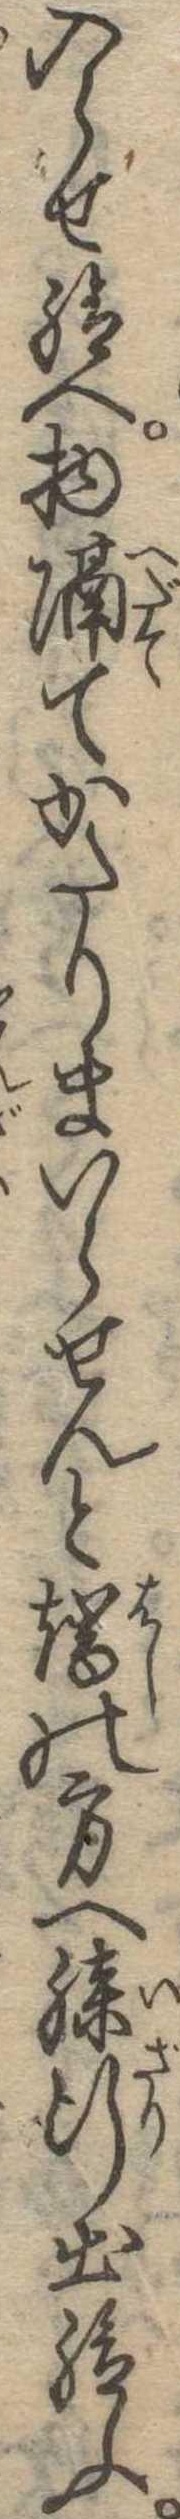
入らせ給へ物隔てかたりまいらせんと端の方へ膝行出給ふ